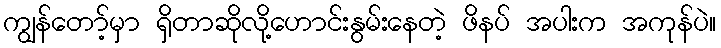
ကျွန်တော့်မှာ ရှိတာဆိုလို့ဟောင်းနွမ်းနေတဲ့ ဖိနပ် အပါးက အကုန်ပဲ။